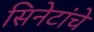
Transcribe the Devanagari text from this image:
सिनेटांचे